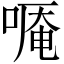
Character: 𠻒